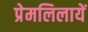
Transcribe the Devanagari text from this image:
प्रेमलिलायें